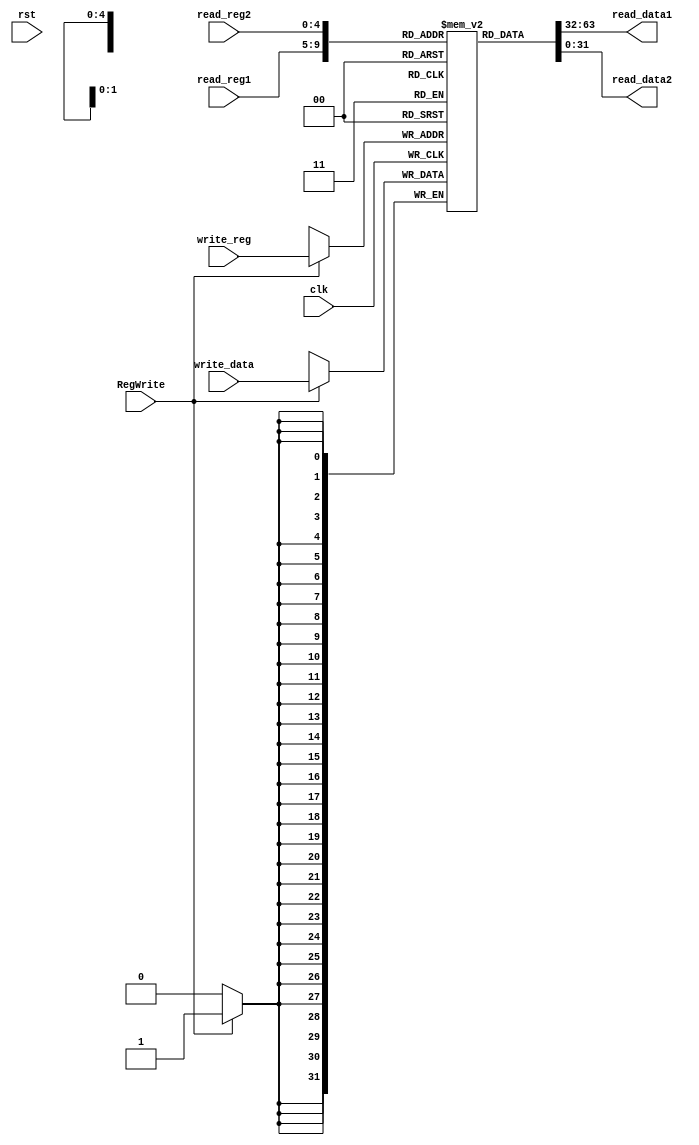
`timescale 1ns / 1ps
//////////////////////////////////////////////////////////////////////////////////
// Company: 
// Engineer: 
// 
// Design Name: 
// Module Name: register
// Project Name: 
// Target Devices: 
// Tool Versions: 
// Description: 
// 
// Dependencies: 
// 
// Revision:
// Revision 0.01 - File Created
// Additional Comments:
// 
//////////////////////////////////////////////////////////////////////////////////


module Register(clk,rst,read_reg1,read_reg2,write_reg,write_data,RegWrite,read_data1,read_data2);
    input [4:0]read_reg1,read_reg2,write_reg;
    input [31:0]write_data;
    input RegWrite,clk,rst;//gK[NbNg
    output [31:0]read_data1,read_data2;
    reg [31:0] reg_file[31:0];
    wire [4:0]write_reg;
    assign read_data1=reg_file[read_reg1];
    assign read_data2=reg_file[read_reg2];
    integer i;
    initial begin
            for(i=0;i<=31;i=i+1)begin
                reg_file[i]=0;
            end
    end
    always @(posedge clk)begin
        if(RegWrite==1'b1)
            reg_file[write_reg]=write_data;
        end
endmodule